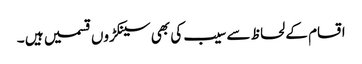
اقسام کے لحاظ سے سیب کی بھی سینکڑوں قسمیں ہیں ۔